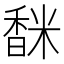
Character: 𩡅